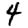
Digit: 4